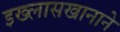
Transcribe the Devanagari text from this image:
इख्लासखानाने